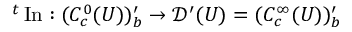
{ } ^ { t } \operatorname { I n } : ( C _ { c } ^ { 0 } ( U ) ) _ { b } ^ { \prime } \to { \mathcal { D } } ^ { \prime } ( U ) = ( C _ { c } ^ { \infty } ( U ) ) _ { b } ^ { \prime }